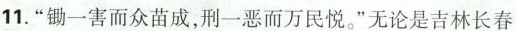
11.”锄一害而众苗成，刑一恶而万民悦。”无论是吉林长春